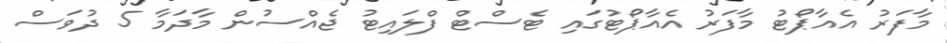
މާފަރު އެއާޕޯޓު މާފަރު އެއާޕޯޓުގައި ޓެސްޓް ފްލައިޓު ޖެއްސުން މާދަމާ 5 ދުވަސް